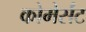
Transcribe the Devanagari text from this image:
कोमेर्संट